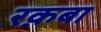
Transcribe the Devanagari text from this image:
रक़बा